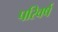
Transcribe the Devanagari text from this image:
परिवर्ष